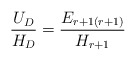
\begin{align*}{ U_D\over H_D} = {E_{r+1(r+1)} \over H_{r+1}}\end{align*}